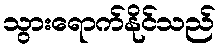
သွားရောက်နိုင်သည်